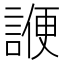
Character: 𬢷